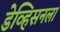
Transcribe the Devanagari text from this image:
डेव्हिसनला